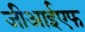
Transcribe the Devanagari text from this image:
जीआईएफ